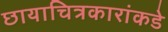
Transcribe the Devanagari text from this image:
छायाचित्रकारांकडे